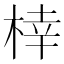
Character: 𪲟